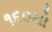
૧૬૦મો